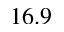
1 6 . 9